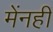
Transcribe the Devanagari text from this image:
मेंनहीं